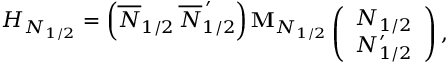
\begin{array} { r } { { H _ { N _ { 1 / 2 } } = \left( \overline { { { N } } } _ { 1 / 2 } \, \overline { { { N } } } _ { 1 / 2 } ^ { \, \prime } \right) { \bf M } _ { N _ { 1 / 2 } } \! \! \! } } \\ { { \vphantom { 1 } } } \end{array} \left( \begin{array} { c } { { N _ { 1 / 2 } } } \\ { { N _ { 1 / 2 } ^ { \prime } } } \end{array} \right) ,